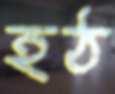
হঠ